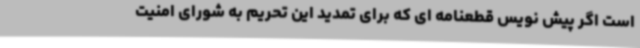
است اگر پیش نویس قطعنامه ای که برای تمدید این تحریم به شورای امنیت